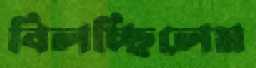
বিলচ্ছিলেম